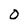
Character: O